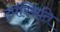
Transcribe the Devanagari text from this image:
उप॑स्थिति